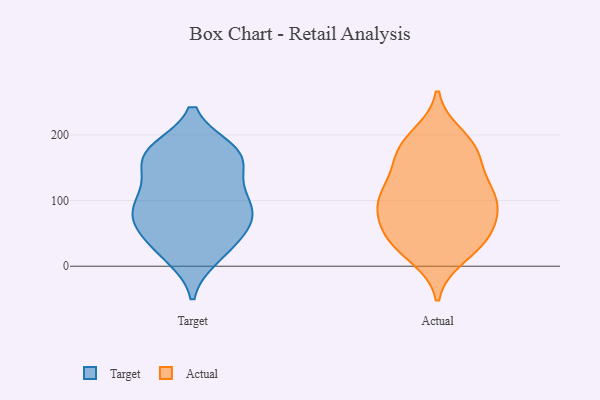
{"axis": {"x": "Revenue (USD Million)", "y": "Value"}, "legend": ["Actual", "Target"], "data": [{"x": "", "y": 57, "type": "Target"}, {"x": "", "y": 78, "type": "Target"}, {"x": "", "y": 60, "type": "Target"}, {"x": "", "y": 139, "type": "Target"}, {"x": "", "y": 177, "type": "Target"}, {"x": "", "y": 153, "type": "Target"}, {"x": "", "y": 62, "type": "Target"}, {"x": "", "y": 102, "type": "Target"}, {"x": "", "y": 110, "type": "Target"}, {"x": "", "y": 76, "type": "Target"}, {"x": "", "y": 177, "type": "Target"}, {"x": "", "y": 15, "type": "Target"}, {"x": "", "y": 171, "type": "Target"}, {"x": "", "y": 169, "type": "Target"}, {"x": "", "y": 99, "type": "Target"}, {"x": "", "y": 24, "type": "Target"}, {"x": "", "y": 92, "type": "Target"}, {"x": "", "y": 171, "type": "Target"}, {"x": "", "y": 25, "type": "Target"}, {"x": "", "y": 162, "type": "Actual"}, {"x": "", "y": 121, "type": "Actual"}, {"x": "", "y": 112, "type": "Actual"}, {"x": "", "y": 35, "type": "Actual"}, {"x": "", "y": 109, "type": "Actual"}, {"x": "", "y": 47, "type": "Actual"}, {"x": "", "y": 174, "type": "Actual"}, {"x": "", "y": 78, "type": "Actual"}, {"x": "", "y": 83, "type": "Actual"}, {"x": "", "y": 119, "type": "Actual"}, {"x": "", "y": 16, "type": "Actual"}, {"x": "", "y": 34, "type": "Actual"}, {"x": "", "y": 75, "type": "Actual"}, {"x": "", "y": 41, "type": "Actual"}, {"x": "", "y": 183, "type": "Actual"}, {"x": "", "y": 96, "type": "Actual"}, {"x": "", "y": 176, "type": "Actual"}, {"x": "", "y": 198, "type": "Actual"}]}